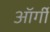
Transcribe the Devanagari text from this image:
ऑर्गी